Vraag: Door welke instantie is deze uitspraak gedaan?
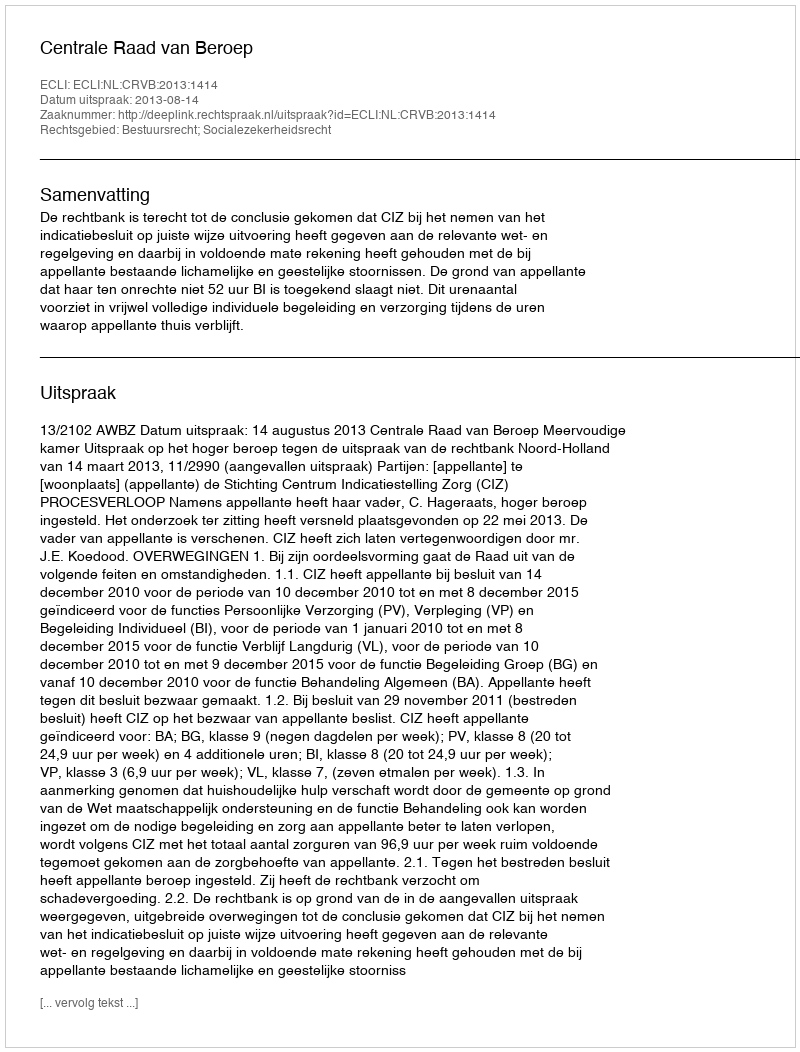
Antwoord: Centrale Raad van Beroep